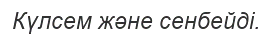
Күлсем және сенбейді.